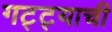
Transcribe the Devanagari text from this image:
गट्ट्याची